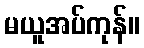
မယူအပ်ကုန်။